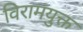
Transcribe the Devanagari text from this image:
विरामयुक्त